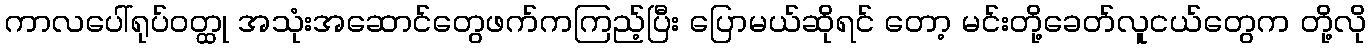
ကာလပေါ်ရုပ်ဝတ္ထု အသုံးအဆောင်တွေဖက်ကကြည့်ပြီး ပြောမယ်ဆိုရင် တော့ မင်းတို့ခေတ်လူငယ်တွေက တို့လို